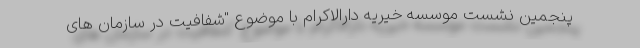
پنجمین نشست موسسه خیریه دارالاکرام با موضوع "شفافیت در سازمان های